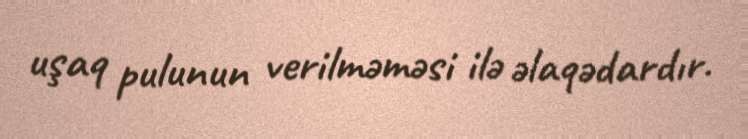
uşaq pulunun verilməməsi ilə əlaqədardır.